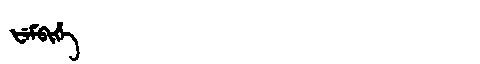
Manchu: ᡶᡝᠮᠪᡳᡥᡝ
Romanization: FEMBIHE